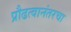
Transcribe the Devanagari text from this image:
प्रौढत्वानंतरचा